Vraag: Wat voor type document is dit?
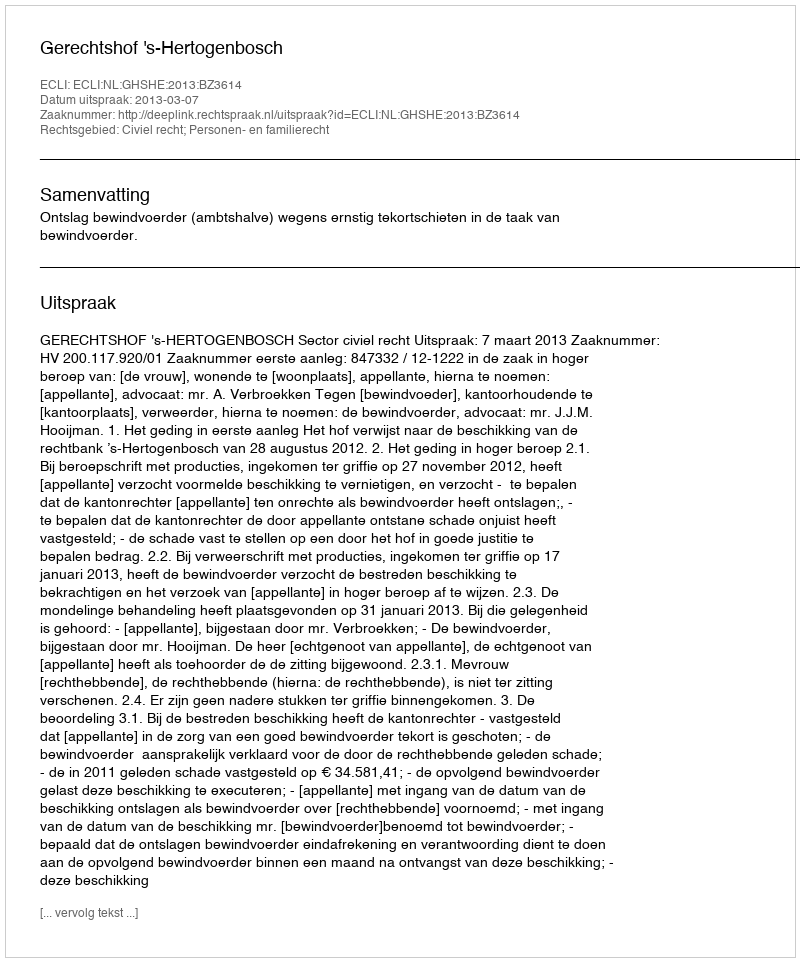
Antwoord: Uitspraak